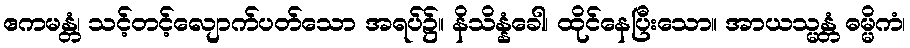
ဧကမန္တံ၊ သင့်တင့်လျောက်ပတ်သော အရပ်၌။ နိသိန္နံခေါ၊ ထိုင်နေပြီးသော။ အာယသ္မန္တံ ဓမ္မိကံ၊